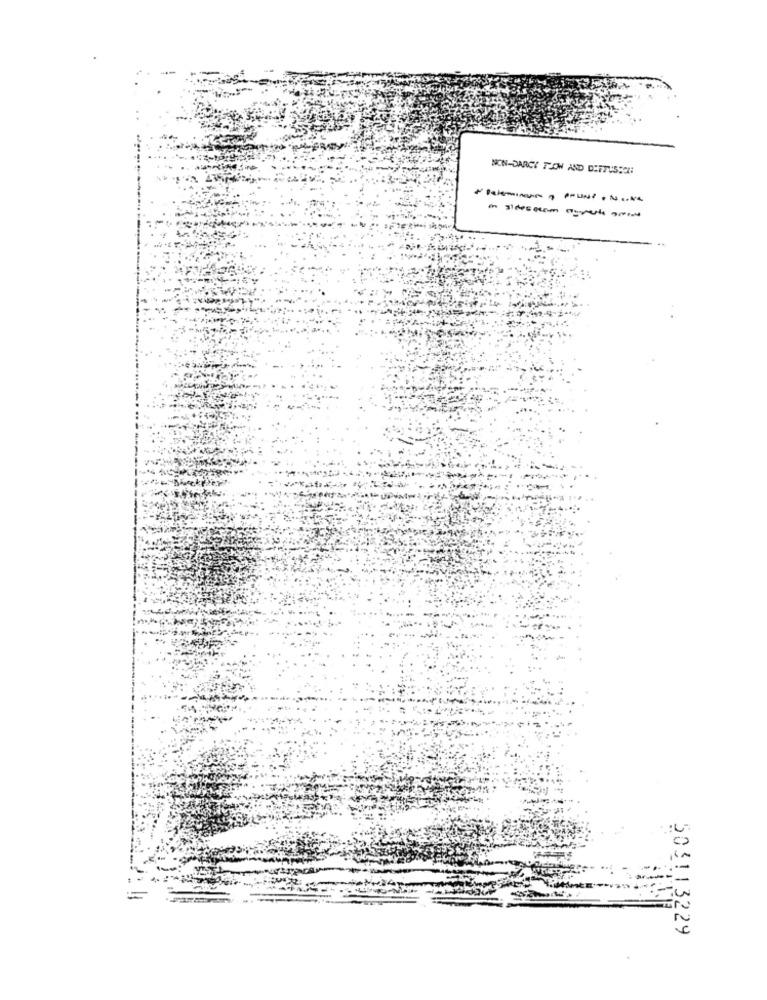
NON-DARCY TON AND DIFFUSSON
503113229